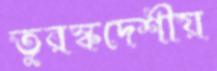
তুরস্কদেশীয়